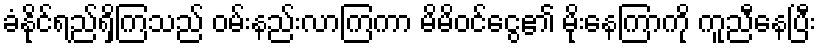
ခံနိုင်ရည်ရှိကြသည် ဝမ်းနည်းလာကြကာ မိမိဝင်ငွေ၏ မိုးနေကြာကို ကူညီနေပြီး